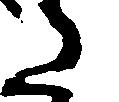
た